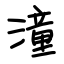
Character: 潼